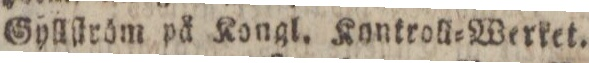
Gyllſtröm på Kongl. Kontroll=Werket.